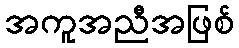
အကူအညီအဖြစ်